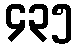
၄၃၅